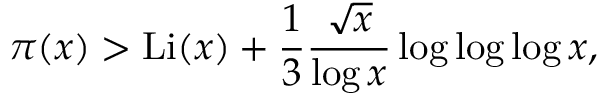
\pi ( x ) > \operatorname { L i } ( x ) + { \frac { 1 } { 3 } } { \frac { \sqrt { x } } { \log x } } \log \log \log x ,